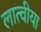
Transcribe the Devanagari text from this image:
लात्वीया